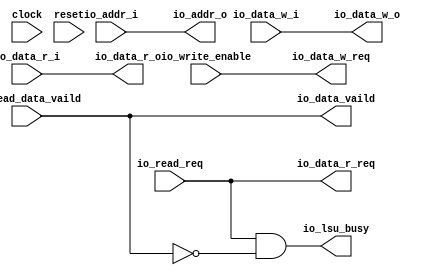
module LSU(
  input         clock,
  input         reset,
  input  [31:0] io_addr_i,
  input         io_write_enable,
  input  [31:0] io_data_w_i,
  input         io_read_req,
  output [31:0] io_data_r_o,
  output        io_lsu_busy,
  output        io_data_vaild,
  output [31:0] io_addr_o,
  output        io_data_w_req,
  output [31:0] io_data_w_o,
  output        io_data_r_req,
  input  [31:0] io_data_r_i,
  input         io_read_data_vaild
);
  assign io_data_r_o = io_data_r_i; // @[LSU.scala 30:15]
  assign io_lsu_busy = io_data_r_req & ~io_read_data_vaild; // @[LSU.scala 33:32]
  assign io_data_vaild = io_read_data_vaild; // @[LSU.scala 31:17]
  assign io_addr_o = io_addr_i; // @[LSU.scala 25:13]
  assign io_data_w_req = io_write_enable; // @[LSU.scala 26:17]
  assign io_data_w_o = io_data_w_i; // @[LSU.scala 27:15]
  assign io_data_r_req = io_read_req; // @[LSU.scala 29:17]
endmodule